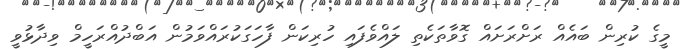
މީގެ ކުރިން ބައެއް ރަށްރަށައް ގޮވާތަކެތި ލައްވެފައި ހުރިކަން ފާހަގަކުރައްވަމުން އަބްދުއްރަހީމް ވިދާޅުވީ